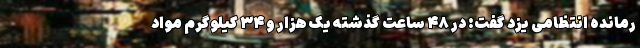
رمانده انتظامی یزد گفت: در ۴۸ ساعت گذشته یک هزار و ۳۴ کیلوگرم مواد